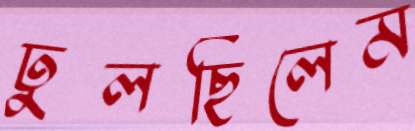
ঢুলছিলেম